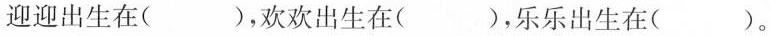
迎迎出生在( )，欢欢出生在( )，乐乐出生在( )。